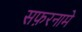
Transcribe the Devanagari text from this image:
सफ़रनामे